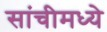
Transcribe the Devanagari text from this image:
सांचीमध्ये